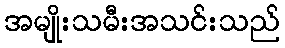
အမျိုးသမီးအသင်းသည်